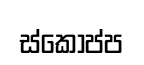
ස්කෝප්ප